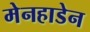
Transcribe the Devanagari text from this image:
मेनहाडेन